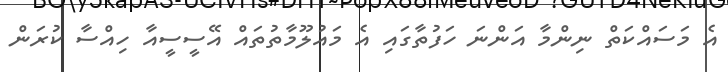
އެ މަސައްކަތް ނިންމާ އަންނަ ހަފުތާގައި އެ މައުލޫމާތުތައް އޭސީސީއާ ހިއްސާ ކުރަން